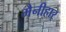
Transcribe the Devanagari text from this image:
मैनीहार